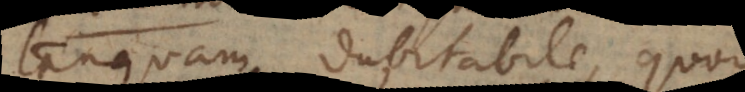
tanquam dubitabile, quod